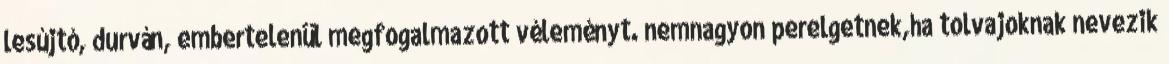
lesújtó, durván, embertelenül megfogalmazott véleményt. nemnagyon perelgetnek,ha tolvajoknak nevezik